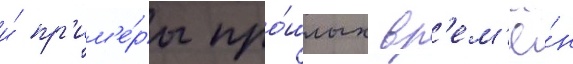
и́ пр'им'е́ры про́шлых вр'ем'ё́н